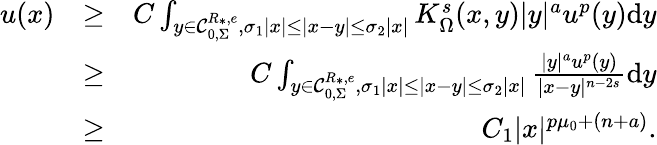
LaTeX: \begin{array}{rlr}{u(x)}&{\geq}&{C\int_{y\in\mathcal C_{0,\Sigma}^{R_{\ast},e},\sigma_{1}|x|\leq|x-y|\leq\sigma_{2}|x|}K_{\Omega}^{s}(x,y)|y|^{a}u^{p}(y)\mathrm dy}\\ &{\geq}&{C\int_{y\in\mathcal C_{0,\Sigma}^{R_{\ast},e},\sigma_{1}|x|\leq|x-y|\leq\sigma_{2}|x|}\frac{|y|^{a}u^{p}(y)}{|x-y|^{n-2s}}\mathrm dy}\\ &{\geq}&{C_{1}|x|^{p\mu_{0}+(n+a)}.}\end{array}